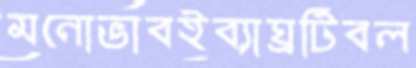
মনোভাবইব্যাঘ্রটিবল